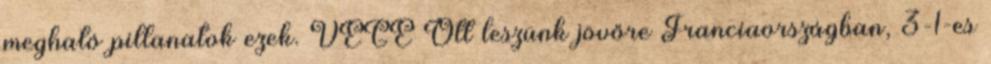
megható pillanatok ezek. VÉGE Ott leszünk jövőre Franciaországban, 3-1-es